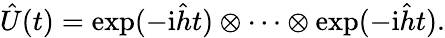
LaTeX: \begin{array}{r}{\hat{U}(t)=\exp(-\mathrm{i}\hat{h}t)\otimes\cdots\otimes\exp(-\mathrm{i}\hat{h}t).}\end{array}